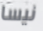
نيسا